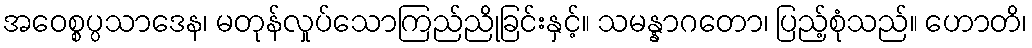
အဝေစ္စပ္ပသာဒေန၊ မတုန်လှုပ်သောကြည်ညိုခြင်းနှင့်။ သမန္နာဂတော၊ ပြည့်စုံသည်။ ဟောတိ၊